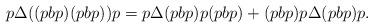
LaTeX: \begin{align*} p \Delta ((p b p) (pbp )) p = p \Delta (p b p) p (pbp) + (pbp) p \Delta (p b p) p.\end{align*}